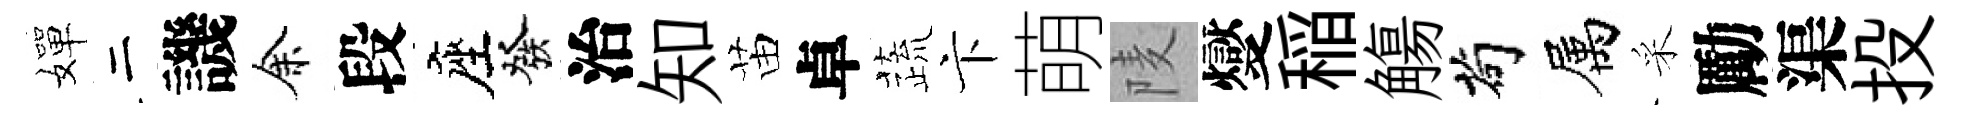
嬋二譏余段座發治知苗卓蔬卞萌𨹧燮稲觴茍属采勵渠投